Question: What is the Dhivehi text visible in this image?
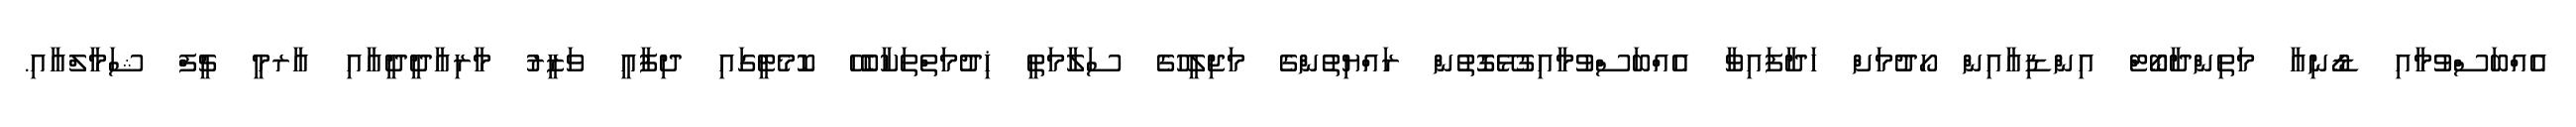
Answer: އެއްބަސްވުމާއި ޑޯނިއާ މަތިންދާބޯޓް އިންޑިއާއިން ހޯދުމަށް ހަދާފައިވާ އެއްބަސްވުމާއިގުޅޭގޮތުން ރައްޔިތުންގެ މަޖިލީހުގެ ސަލާމަތީ ޚިދުމަތްތަކާބެހޭ ކޮމެޓީގައި ދިފާއީ ވަޒީރު މާރިއާދީދީއާއި އާރމީ ޗީފް ޝަމާލްއާއި.